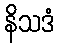
နိသဒံ